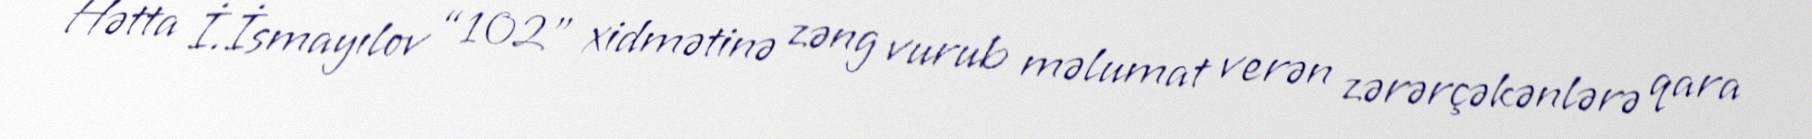
Hətta İ.İsmayılov “102" xidmətinə zəng vurub məlumat verən zərərçəkənlərə qara